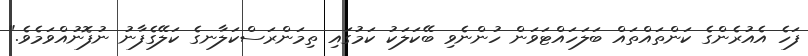
ފަހެ އެއުރެންގެ ކަންތައްތައް ބަލަހައްޓަވަން ހުންނެވި ބޭކަލަކު ކަމުގައި ތިމަންރަސްކަލާނގެ ކަލޭގެފާނު ނުފޮނުއްވަމެވެ."